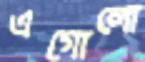
এগোলো